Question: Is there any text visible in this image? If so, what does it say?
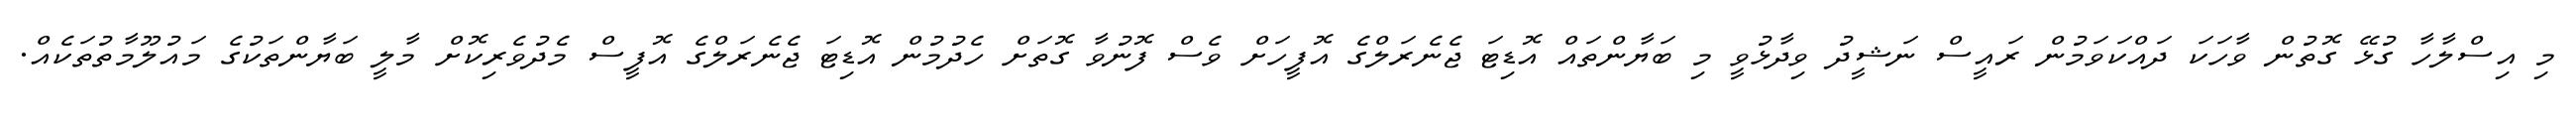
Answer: މި އިސްލާހާ ގުޅޭ ގޮތުން ވާހަކަ ދައްކަވަމުން ރައީސް ނަޝީދު ވިދާޅުވީ މި ބަޔާންތައް އޮޑިޓަ ޖެނެރަލްގެ އޮފީހަށް ވެސް ފޮނުވާ ގޮތަށް ހެދުމުން އޮޑިޓަ ޖެނެރަލްގެ އޮފީސް މެދުވެރިކޮށް މާލީ ބަޔާންތަކުގެ މައުލޫމާތުތަކެއް.